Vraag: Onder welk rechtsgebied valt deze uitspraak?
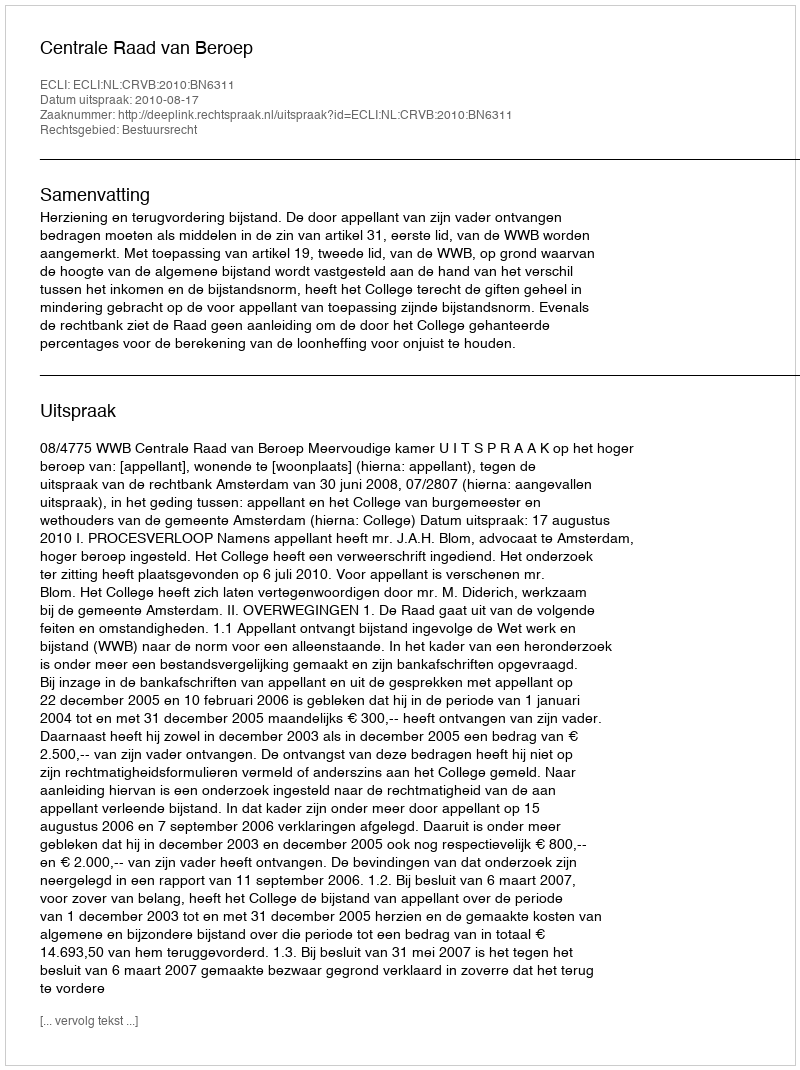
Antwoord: Bestuursrecht